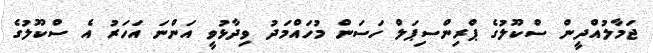
ޖަމާލުއްދީން ސްކޫލުގެ ޕްރިންސިޕަލް ހަސަން މުހައްމަދު ވިދާޅުވީ އަންނަ އަހަރު އެ ސްކޫލުގެ